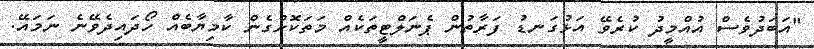
"އަބަދުވެސް އުއްމީދު ކުރެވޭ އަޅުގަނޑު ފަރާތުން ޕެނަލްޓީތަކެއް މަތަކޮށްގެން ކާމިޔާބެއް ހޯދައިދެވޭނެ ނަމައޭ.